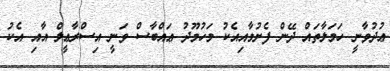
ޢުދުވާނީ ހަމަލާތައް ދޭން ފެށުމާއިއެކު މަހުމޫދު ޢައްބާސް ވަނީ އިސްރާޢީލް އާއި އެކު